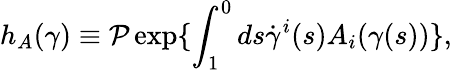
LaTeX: h_{A}(\gamma)\equiv{\cal P}\exp\{ \int_{1}^{0}ds\dot{\gamma}^{i}(s)A_{i}(\gamma(s))\} ,